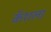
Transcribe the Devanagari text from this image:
कॅशला